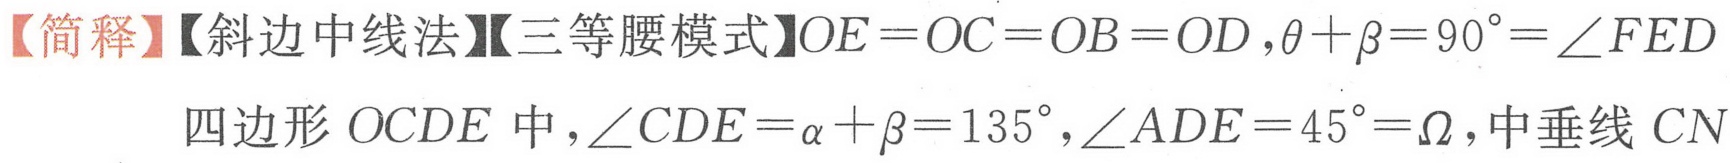
【简释】【斜边中线法】【三等腰模式】\(OE = OC = OB = OD\)，\(\theta+\beta = 90^{\circ}=\angle FED\)
四边形\(OCDE\)中，\(\angle CDE=\alpha+\beta = 135^{\circ}\)，\(\angle ADE = 45^{\circ}=\Omega\)，中垂线 \(CN\)